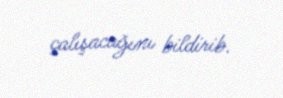
çalışacağını bildirib.